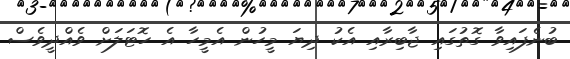
ބުނެފައިވާ ގޮތުގައި ޖާބިރާއި އެކު ދިޔަ މީހުން އެމީހާ އެ ހޮޓަލަށް ވެއްދީވެސް